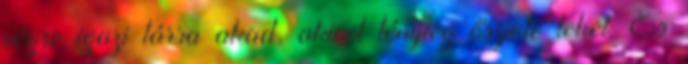
végre igazi társa akad, akivel tényleg őszinte lehet. És